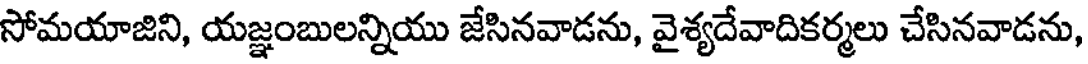
సోమయాజిని, యజ్ఞంబులన్నియు జేసినవాడను, వైశ్యదేవాదికర్మలు చేసినవాడను,